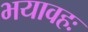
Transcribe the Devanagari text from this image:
भयावहः